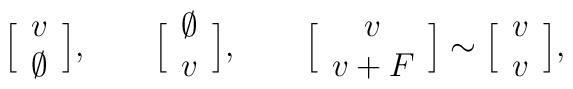
\Big[  \begin{array}{c} v \cr \emptyset \end{array} \Big],\qquad  \Big[  \begin{array}{c} \emptyset \cr v \end{array} \Big], \qquad \Big[  \begin{array}{c} v \cr v + F\end{array} \Big] \sim \Big[  \begin{array}{c} v \cr v \end{array} \Big],